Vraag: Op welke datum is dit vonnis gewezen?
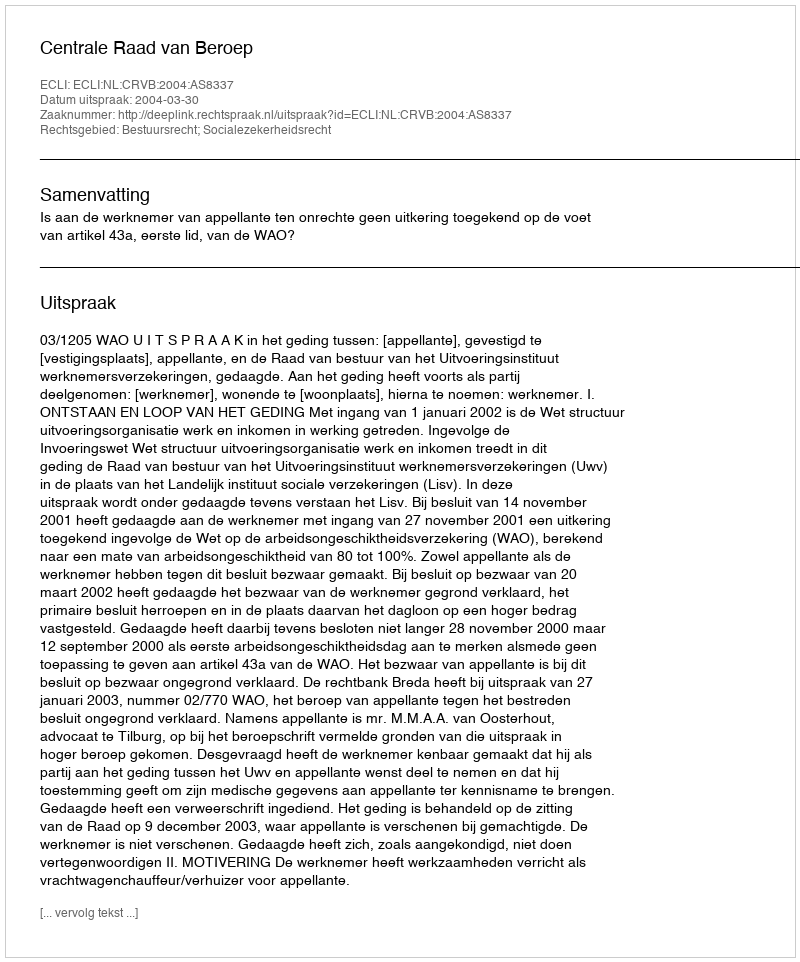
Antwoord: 2004-03-30